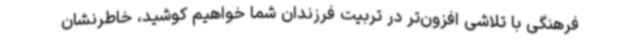
فرهنگی با تلاشی افزون‌تر در تربیت فرزندان شما خواهیم کوشید، خاطرنشان